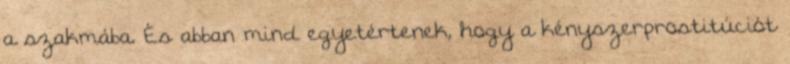
a szakmába. És abban mind egyetértenek, hogy a kényszerprostitúciót